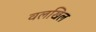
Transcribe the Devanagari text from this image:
वलखिल